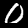
Digit: 0